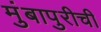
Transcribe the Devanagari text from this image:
मुंबापुरीची